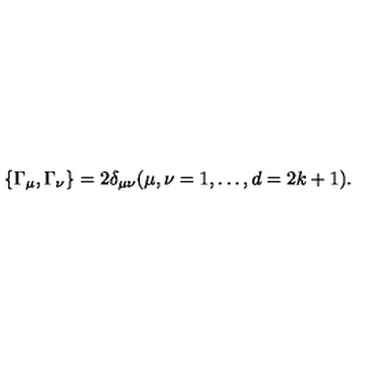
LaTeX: \{ \Gamma _ { \mu } , \Gamma _ { \nu } \} = 2 \delta _ { \mu \nu } ( \mu , \nu = 1 , \ldots , d = 2 k + 1 ) .